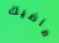
ماضيك